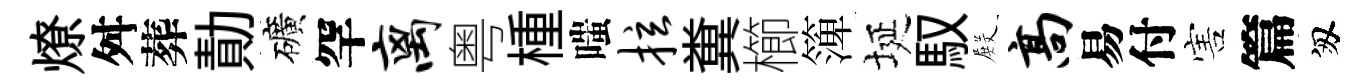
燎舛葬勣礦罕离粤㮔嗤拉糞櫛𥱼埏馭𭮺高易付害篇匆